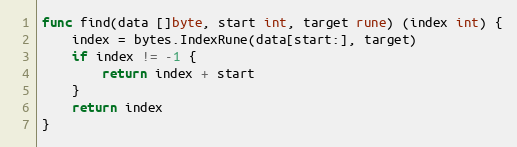
Language: Go
func find(data []byte, start int, target rune) (index int) {
	index = bytes.IndexRune(data[start:], target)
	if index != -1 {
		return index + start
	}
	return index
}